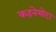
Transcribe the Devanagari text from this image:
कहनेमोटा